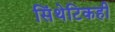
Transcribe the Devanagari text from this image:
सिंथेटिकही